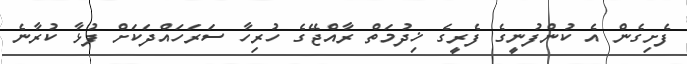
ފެށިގެން އެ ކުންފުނީގެ ފެރީގެ ޚިދުމަތް ރާއްޖޭގެ ހުރިހާ ސަރަހައްދަކަށް ފުޅާ ކުރާނެ